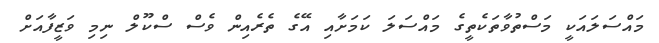
މައްސަލައަކީ މަސްތުވާތަކެތީގެ މައްސަލަ ކަމަށާއި އޭގެ ތެރެއިން ވެސް ސްކޫލް ނިމި ވަޒީފާއަށް